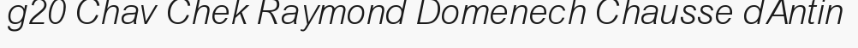
g20 Chav Chek Raymond Domenech Chausse dAntin